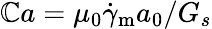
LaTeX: \mathbb{C}a=\mu_{0}\dot{{\gamma}}_{\mathrm{{m}}}a_{0}/G_{s}